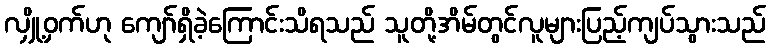
လျှို့ဝှက်ဟု ကျော်ရှိခဲ့ကြောင်းသိရသည် သူတို့အိမ်တွင်လူများပြည့်ကျပ်သွားသည်